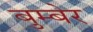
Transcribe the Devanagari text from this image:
बुम्बेर